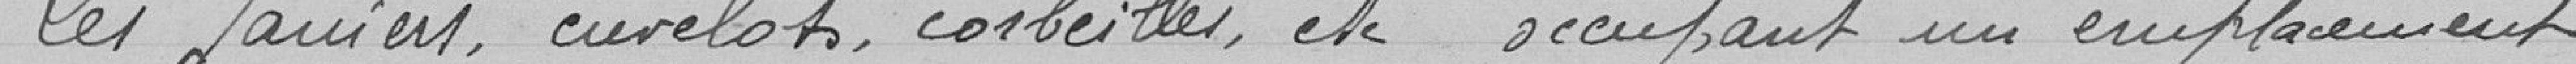
0,05 pour une chèvre, mouton, cochon de lait